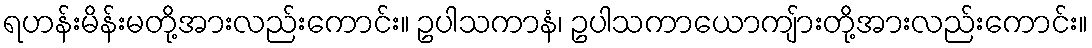
ရဟန်းမိန်းမတို့အားလည်းကောင်း။ ဥပါသကာနံ၊ ဥပါသကာယောကျ်ားတို့အားလည်းကောင်း။